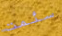
سئمت